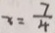
x = \frac { 7 } { 4 }